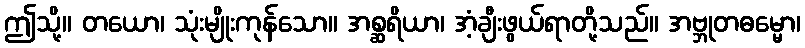
ဤသို့။ တယော၊ သုံးမျိုးကုန်သော။ အစ္ဆရိယာ၊ အံ့ချီးဖွယ်ရာတို့သည်။ အဗ္ဘုတဓမ္မော၊